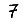
Digit: 7